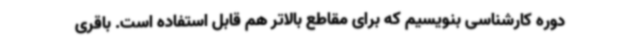
دوره کارشناسی بنویسیم که برای مقاطع بالاتر هم قابل استفاده است. باقری